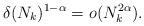
\begin{align*}\delta(N_k)^{1-\alpha}=o(N_k^{2\alpha}).\end{align*}